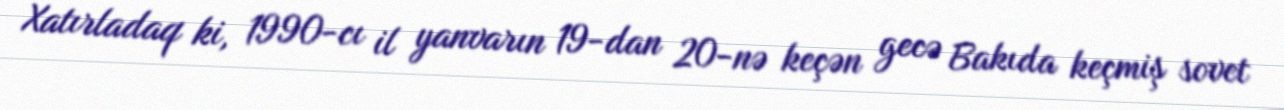
Xatırladaq ki, 1990-cı il yanvarın 19-dan 20-nə keçən gecə Bakıda keçmiş sovet